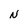
Character: N